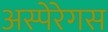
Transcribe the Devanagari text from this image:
अस्पेरेगस